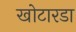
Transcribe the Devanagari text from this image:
खोटारडा